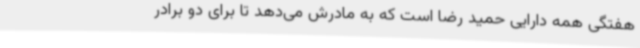
هفتگی همه دارایی حمید رضا است که به مادرش می‌دهد تا برای دو برادر